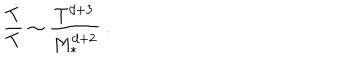
LaTeX: \frac { { \dot { T } } } { T } \sim \frac { T ^ { d + 3 } } { M _ { * } ^ { d + 2 } } \ .